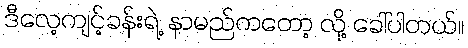
ဒီလေ့ကျင့်ခန်းရဲ့ နာမည်ကတော့ လို့ ခေါ်ပါတယ်။